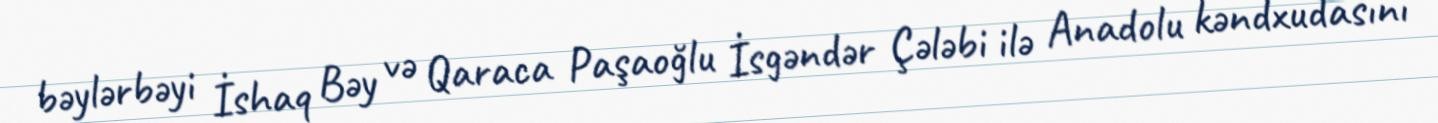
bəylərbəyi İshaq Bəy və Qaraca Paşaoğlu İsgəndər Çələbi ilə Anadolu kəndxudasını